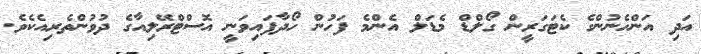
އަދި އަންހެނުންގެ ކެޓަގަރީން ގޯލްޑް މެޑަލް އެންމެ ފަހުން ހޯދާފައިވަނީ އޮސްޓްރޭލިއާގެ ދުވުންތެރިއެކެވެ.